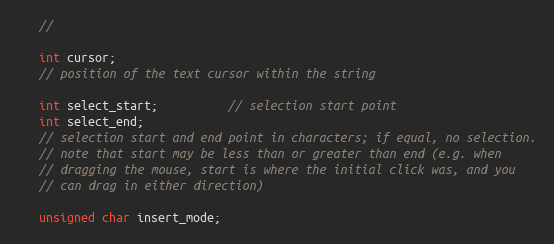
Language: C
   //

   int cursor;
   // position of the text cursor within the string

   int select_start;          // selection start point
   int select_end;
   // selection start and end point in characters; if equal, no selection.
   // note that start may be less than or greater than end (e.g. when
   // dragging the mouse, start is where the initial click was, and you
   // can drag in either direction)

   unsigned char insert_mode;